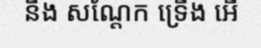
នឹង សណ្តែក ទ្រើង អើ